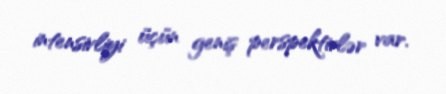
intensivliyi üçün geniş perspektivlər var.